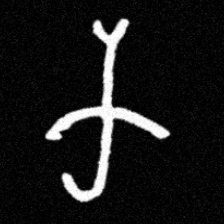
Pyu character \u2014 Myanmar letter: က (romanized: ka)